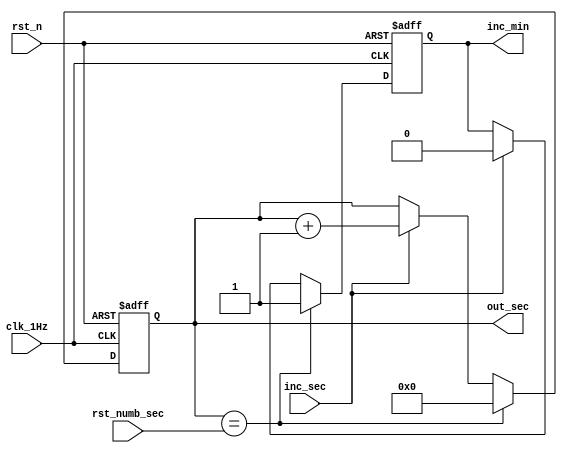
////Case 1: Counter

/*
`timescale 10ns/1ps
module counter_sec (
	input clk_1Hz,    // Clock
	input rst_n,  // Asynchronous reset active low
	input inc_sec,
	output reg inc_min,
	output reg [5:0] out_sec 
);
	parameter clk_freq = 32'd50000000;
	parameter rst_numb_sec = 59;
	reg reset_s;	
	reg [32:0] counter;
	always @(posedge clk_1Hz or negedge rst_n) begin
		if(~rst_n) begin
			out_sec <= 0;
			counter <= 0;
			inc_min <= 0;
		end else begin
			if(counter == clk_freq - 1) begin
				counter <= 0;
				reset_s = (out_sec==rst_numb_sec)?1:0;
				if (reset_s) begin
					out_sec <= 0;
					inc_min <= 1;
				end
				else if (inc_sec)
				begin 
					out_sec <= out_sec + 1;
					inc_min <= 0;
				end
			end else 
			begin
				counter <= counter + 1;
			end 
		end
	end
endmodule

*/

////////Case 2: Combine Divide by 2-5

`timescale 10ns/1ps
module counter_sec (
	input clk_1Hz,    // Clock
	input rst_n,  // Asynchronous reset active low
	input inc_sec,
	input [5:0] rst_numb_sec,
	output reg inc_min,
	output reg [5:0] out_sec 
);
	always @(posedge clk_1Hz or negedge rst_n) begin
		if(~rst_n) begin
			out_sec <= 0;
			inc_min <= 0;
		end else begin
			
			if (out_sec==rst_numb_sec) begin
				out_sec <= 0;
				inc_min <= 1;
			end
			else if (inc_sec)
			begin 
				out_sec <= out_sec + 1'b1;
				inc_min <= 0;
			end
		end
	end
endmodule